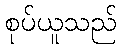
စုပ်ယူသည်